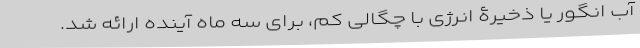
آب انگور یا ذخیرۀ انرژی با چگالی کم، برای سه ماه آینده ارائه شد.